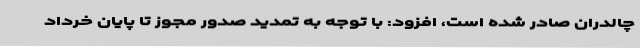
چالدران صادر شده است، افزود: با توجه به تمدید صدور مجوز تا پایان خرداد